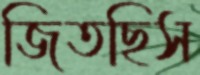
জিতছিস